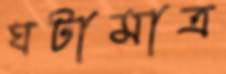
ঘটামাত্র